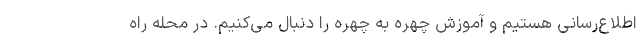
اطلاع‌رسانی هستیم و آموزش چهره به چهره را دنبال می‌کنیم. در محله راه